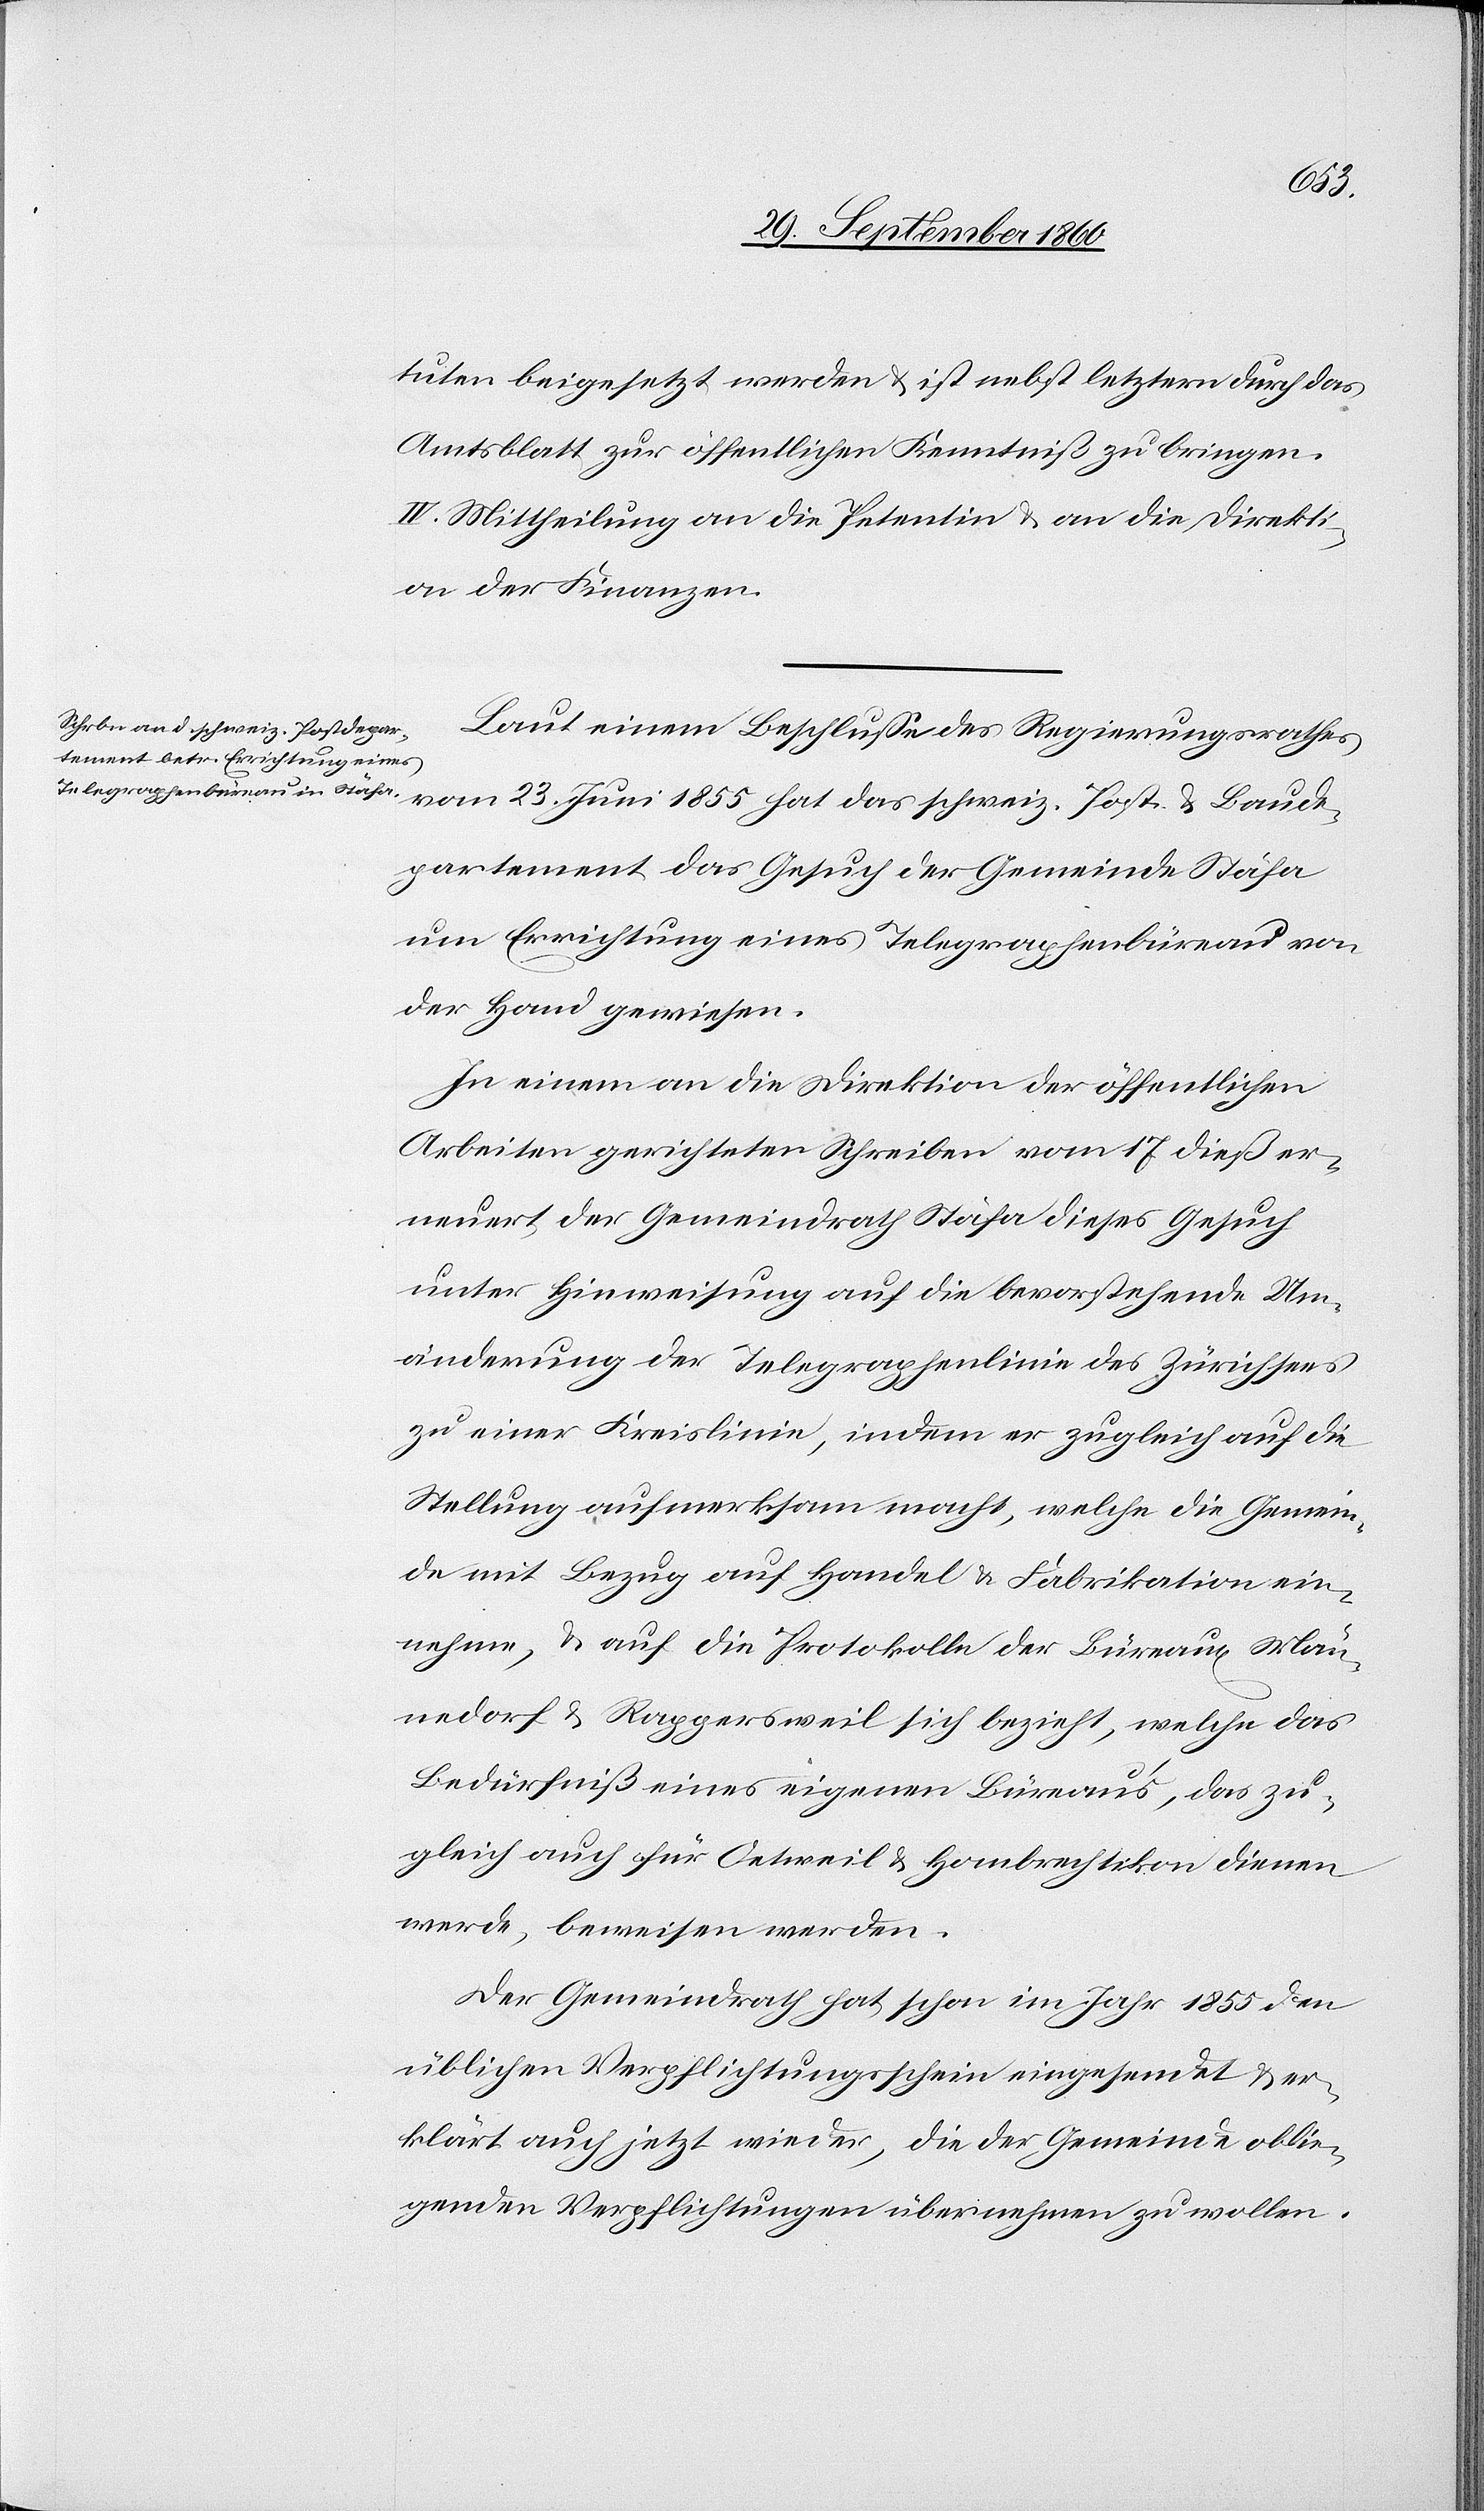
tuten beigesetzt werden u. ist nebst letztern durch das
Amtsblatt zur öffentlichen Kenntniß zu bringen.
IV. Mittheilung an die Petentin u. an die Direkti¬
on der Finanzen.
Laut einem Beschluße des Regierungsrathes
vom 23. Juni 1855 hat das schweiz. Post- u. Baude¬
partement das Gesuch der Gemeinde Stäfa
um Errichtung eines Telegraphenbüreau von
der Hand gewiesen.
In einem an die Direktion der öffentlichen
Arbeiten gerichteten Schreiben vom 17. dieß er¬
neuert der Gemeindrath Stäfa dieses Gesuch
unter Hinweisung auf die bevorstehende Um¬
änderung der Telegraphenlinie des Zürichsees
zu einer Kreislinie, indem er zugleich auf die
Stellung aufmerksam macht, welche die Gemein¬
de mit Bezug auf Handel u. Fabrikation ein¬
nehme, u. auf die Protokolle der Büreaux Män¬
nedorf u. Rappersweil sich bezieht, welche das
Bedürfniß eines eigenen Büreau’s, das zu¬
gleich auch für Oetweil u. Hombrechtikon dienen
werde, beweisen werden.
Der Gemeindrath hat schon im Jahr 1855 den
üblichen Verpflichtungsschein eingesendet u. er¬
klärt auch jetzt wieder, die der Gemeinde oblie¬
genden Verpflichtungen übernehmen zu wollen.